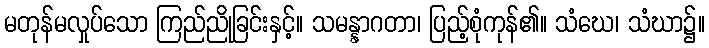
မတုန်မလှုပ်သော ကြည်ညိုခြင်းနှင့်။ သမန္နာဂတာ၊ ပြည့်စုံကုန်၏။ သံဃေ၊ သံဃာ၌။